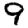
Digit: 9